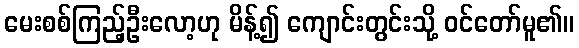
မေးစစ်ကြည့်ဦးလော့ဟု မိန့်၍ ကျောင်းတွင်းသို့ ဝင်တော်မူ၏။